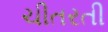
ચીતરતી